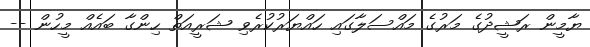
ޔާމީން ރަޝީދުގެ މަރުގެ މައްސަލާގައި ހައްޔަރުކުރެވި ޝަރީއަތް ހިންގާ ބައެއް މީހުން --